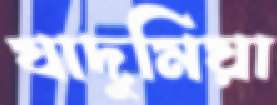
যাদুমিয়া